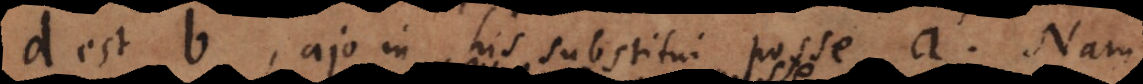
d est b, ajo in his substitui posse a. Nam